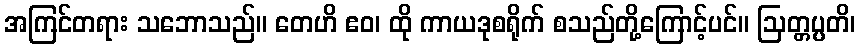
အကြင်တရား သဘောသည်။ တေဟိ ဧဝ၊ ထို ကာယဒုစရိုက် စသည်တို့ကြောင့်ပင်။ ဩတ္တပ္ပတိ၊